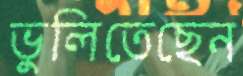
ভুলিতেছেন